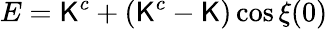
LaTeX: E=\mathsf{K}^{c}+(\mathsf{K}^{c}-\mathsf{K})\cos\xi(0)